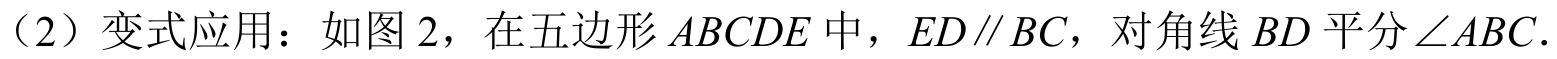
（2）变式应用：如图 2，在五边形 \(ABCDE\) 中，\(ED\parallel BC\)，对角线 \(BD\) 平分\(\angle ABC\).